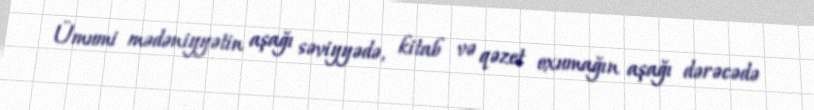
Ümumi mədəniyyətin aşağı səviyyədə, kitab və qəzet oxumağın aşağı dərəcədə